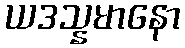
ယဒသ္နမာနော